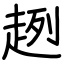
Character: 趔